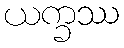
ယက္ခဿ